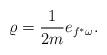
LaTeX: \begin{align*} \varrho=\frac{1}{2m}e_{f^*\omega}.\end{align*}